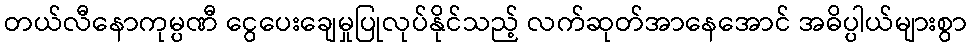
တယ်လီနောကုမ္ပဏီ ငွေပေးချေမှုပြုလုပ်နိုင်သည့် လက်ဆုတ်အာနေအောင် အဓိပ္ပါယ်များစွာ